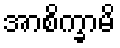
အာစိက္ခာမိ